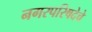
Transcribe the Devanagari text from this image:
नगरपरिषदेचे